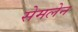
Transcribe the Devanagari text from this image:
सेमलेन